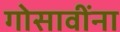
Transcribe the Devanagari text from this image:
गोसावींना